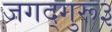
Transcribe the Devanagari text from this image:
जगद्गुरू३